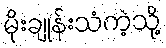
မိုးချုန်းသံကဲ့သို့